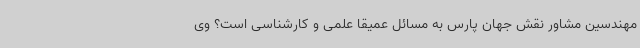
مهندسین مشاور نقش جهان پارس به مسائل عمیقاً علمی و کارشناسی است؟ وی